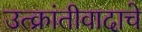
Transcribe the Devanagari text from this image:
उत्क्रांतीवादाचे